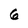
Character: 6